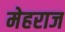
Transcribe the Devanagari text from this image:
मेहराज